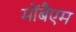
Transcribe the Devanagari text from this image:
मोंबैएम